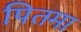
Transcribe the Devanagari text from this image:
पितमा